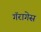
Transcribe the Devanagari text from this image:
गॅरागेस